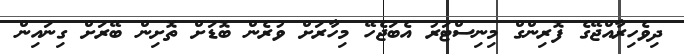
ދިވެހިރާއްޖޭގެ ފޮރިންގް މިނިސްޓަރު އެބަޖެހޭ މިހާރަށް ވުރެން ބޮޑަށް ތޮށިން ބޭރަށް ގިނައިން